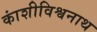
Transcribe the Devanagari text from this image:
कांशीविश्वनाथ